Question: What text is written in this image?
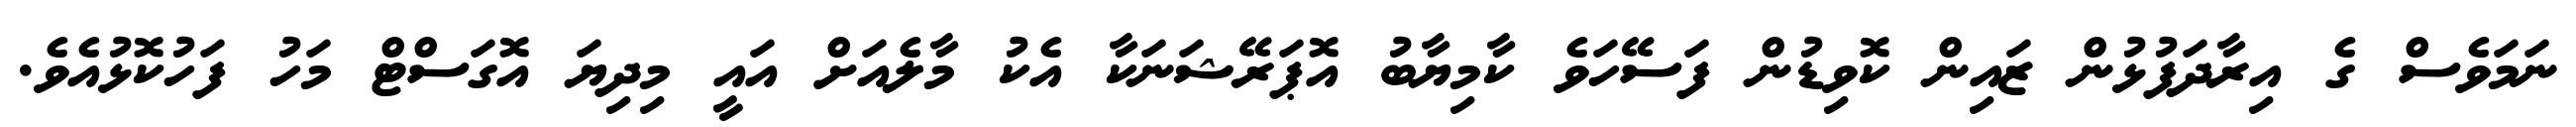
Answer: ނަމަވެސް ގެ އިރާދަފުޅުން ޒައިން ކޮވިޑުން ފަސޭހަވެ ކާމިޔާބު އޮޕަރޭޝަނަކާ އެކު މާލެއަށް އައީ މިދިޔަ އޮގަސްޓް މަހު ފަހުކޮޅުއެވެ.